Civil Veterinary Department Bihar & Orissa reports 1922-29 - 1922-1929
Year: 1922
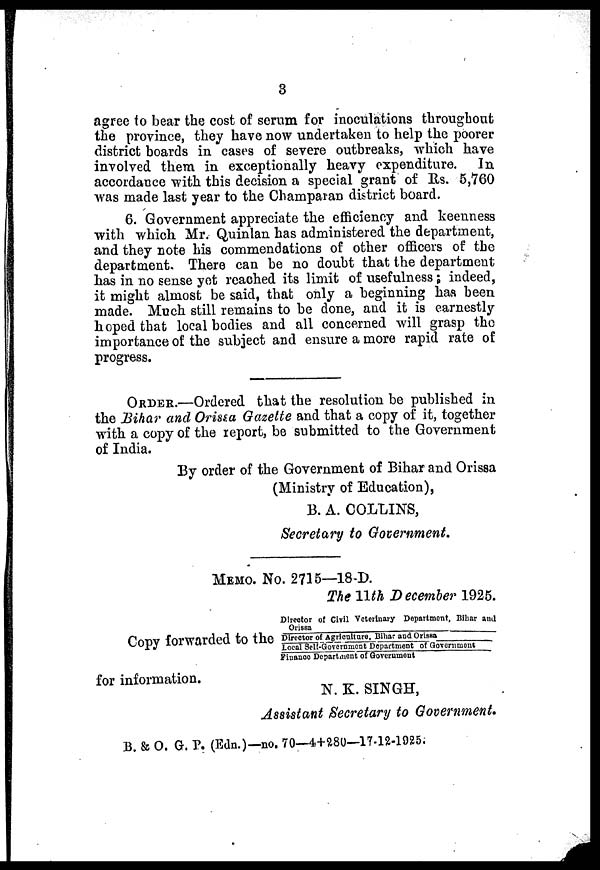
3
agree to bear the cost of serum for inoculations throughout
the province, they have now undertaken to help the poorer
district boards in cases of severe outbreaks, which have
involved them in exceptionally heavy expenditure. In
accordance with this decision a special grant of Rs. 5,760
was made last year to the Champaran district board.
6. Government appreciate the efficiency and keenness
with which Mr. Quinlan has administered the department,
and they note his commendations of other officers of the
department. There can be no doubt that the department
has in no sense yet reached its limit of usefulness indeed,
it might almost be said, that only a beginning has been
made. Much still remains to be done, and it is earnestly
hoped that local bodies and all concerned will grasp the
importance of the subject and ensure a more rapid rate of
progress.
ORDER.—Ordered that the resolution be published in
the Bihar and Orissa Gazette and that a copy of it, together
with a copy of the report, be submitted to the Government
of India.
By order of the Government of Bihar and Orissa
(Ministry of Education),
B. A. COLLINS,
Secretary to Government.
MEMO. NO. 2715—18-D.
The 11th December 1925.
Copy forwarded to the
Director of Civil Veterinary Department, Bihar and
Orissa
Director of Agriculture, Bihar and Orissa
local Self-Govenment Department of Government
Finance Department of Government
for information.
N. K. SINGH,
Assistant Secretary to Government
B. & O. G. P. (Edn.)—no. 70—4+280—17-12-1925;